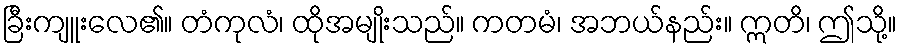
ခြီးကျူးလေ၏။ တံကုလံ၊ ထိုအမျိုးသည်။ ကတမံ၊ အဘယ်နည်း။ ဣတိ၊ ဤသို့။